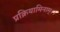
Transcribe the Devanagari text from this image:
प्रक्रियामिनाम्।।